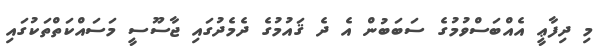
މި ދިފާޢީ އެއްބަސްވުމުގެ ސަބަބުން އެ ދެ ޤައުމުގެ ދެމެދުގައި ޖާސޫސީ މަސައްކަތްތަކުގައި